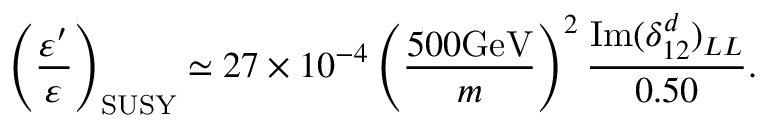
\left( \frac { \varepsilon ^ { \prime } } { \varepsilon } \right) _ { \mathrm { S U S Y } } \simeq 2 7 \times 1 0 ^ { - 4 } \left( \frac { 5 0 0 \mathrm { G e V } } { m } \right) ^ { 2 } \frac { \mathrm { I m } ( \delta _ { 1 2 } ^ { d } ) _ { L L } } { 0 . 5 0 } .